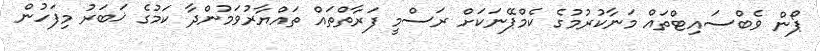
ޕޯން ވެބްސައިޓްތައް މަނާކުރުމުގެ ކެމްޕޭނަކަށް ރަސްމީ ފަރާތްތައް ތައްޔާރުވަމުންދާ ކަމުގެ ޚަބަރު މިފަހުން